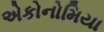
એકોનોમિયા